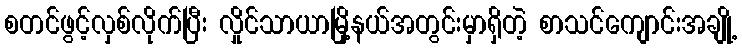
စတင်ဖွင့်လှစ်လိုက်ပြီး လှိုင်သာယာမြို့နယ်အတွင်းမှာရှိတဲ့ စာသင်ကျောင်းအချို့